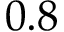
0 . 8